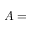
A =